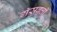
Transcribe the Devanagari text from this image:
गॅसबत्ती